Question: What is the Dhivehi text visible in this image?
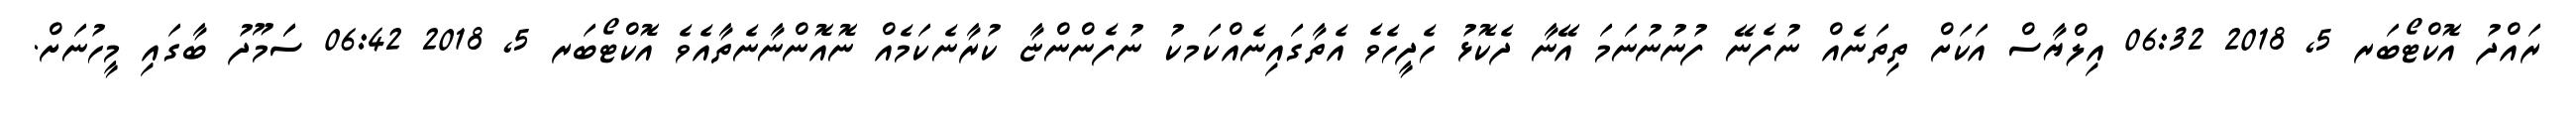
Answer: ރައްދު އޮކްޓޯބަރ 5, 2018 06:32 އިލްޔާސް އަކަށް ތިތަނެއް ނުފެނޭ ފުނުނުނަމަ އޭނާ ދެކޮޅު ހެދީހެވެ އެތާގައިނެއްކަމކު ނުފެންންޏާ ކުރާނެކަމެއް ނޮއޮންނާނެތާއެވެ އޮކްޓޯބަރ 5, 2018 06:42 ސަަމޫދު ބާގައި މީހުނަށް.